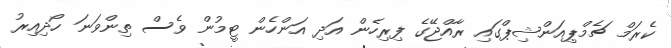
ކެރަމް ޗެމްޕިއަންޝިޕްގައި ރާއްޖޭގެ ފިރިހެން އަދި އަންހެން ޓީމުން ވެސް ތިންވަނަ ހޯދިއިރު